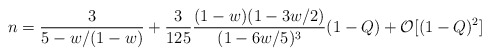
\begin{align*}n = \frac{3}{5-w/(1-w)}+\frac{3}{125} \frac{(1-w)(1-3w/2)}{(1-6w/5)^3} (1-Q) + \mathcal{O} [(1-Q)^2]\end{align*}